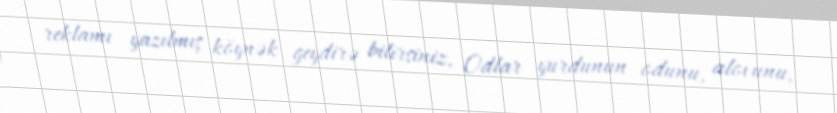
reklamı yazılmış köynək geydirə bilirsiniz, Odlar yurdunun odunu, alovunu,